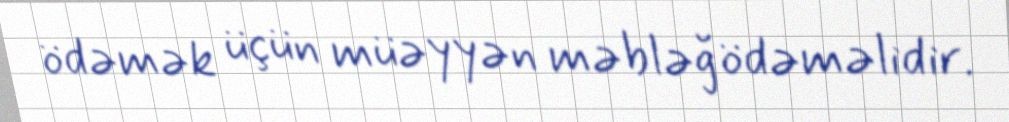
ödəmək üçün müəyyən məbləğ ödəməlidir.